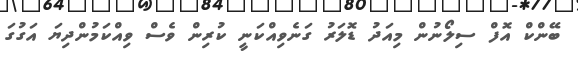
ބޭންކް އޮފް ސިލޯނުން މިއަދު ޑޮލަރު ގަނެވިއްކަނީ ކުރިން ވެސް ވިއްކަމުންދިޔަ އަގުގަ